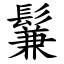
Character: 鬑